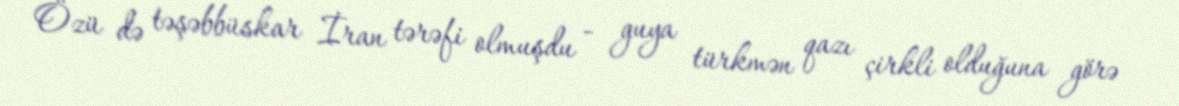
Özü də təşəbbüskar İran tərəfi olmuşdu - guya türkmən qazı çirkli olduğuna görə